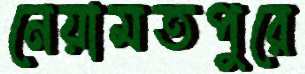
নেয়ামতপুরে